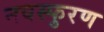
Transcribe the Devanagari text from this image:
नवस्फुरण